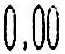
0.00